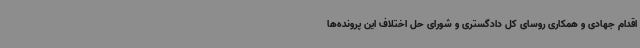
اقدام جهادی و همکاری روسای کل دادگستری و شورای حل اختلاف این پرونده‌ها